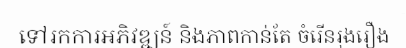
ទៅរកការអភិវឌ្ឍន៍ និងភាពកាន់តែ ចំរើនរុងរឿង